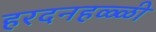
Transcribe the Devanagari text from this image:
हरदनहळ्ळी